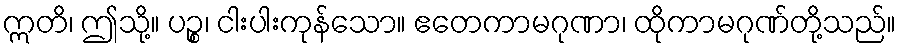
ဣတိ၊ ဤသို့။ ပဉ္စ၊ ငါးပါးကုန်သော။ ဧတေကာမဂုဏာ၊ ထိုကာမဂုဏ်တို့သည်။